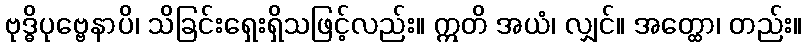
ဗုဒ္ဓိပုဗ္ဗေနာပိ၊ သိခြင်းရှေးရှိသဖြင့်လည်း။ ဣတိ အယံ၊ လျှင်။ အတ္ထော၊ တည်း။